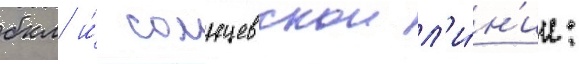
бкл и́ солнцевскои л'и́н'ии: